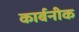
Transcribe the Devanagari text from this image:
कार्बनीक